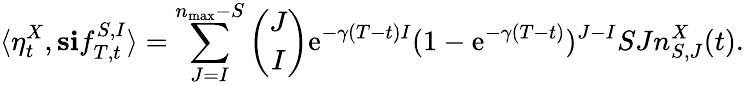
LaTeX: \langle\eta_{t}^{X},\mathbf{s}\mathbf{i}f_{T,t}^{S,I}\rangle=\sum_{J=I}^{n_{\operatorname*{max}}-S}\binom{J}{I}\mathrm{e}^{-\gamma(T-t)I}(1-\mathrm{e}^{-\gamma(T-t)})^{J-I}SJn_{S,J}^{X}(t).